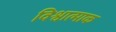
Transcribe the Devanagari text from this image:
विश्वात्माक